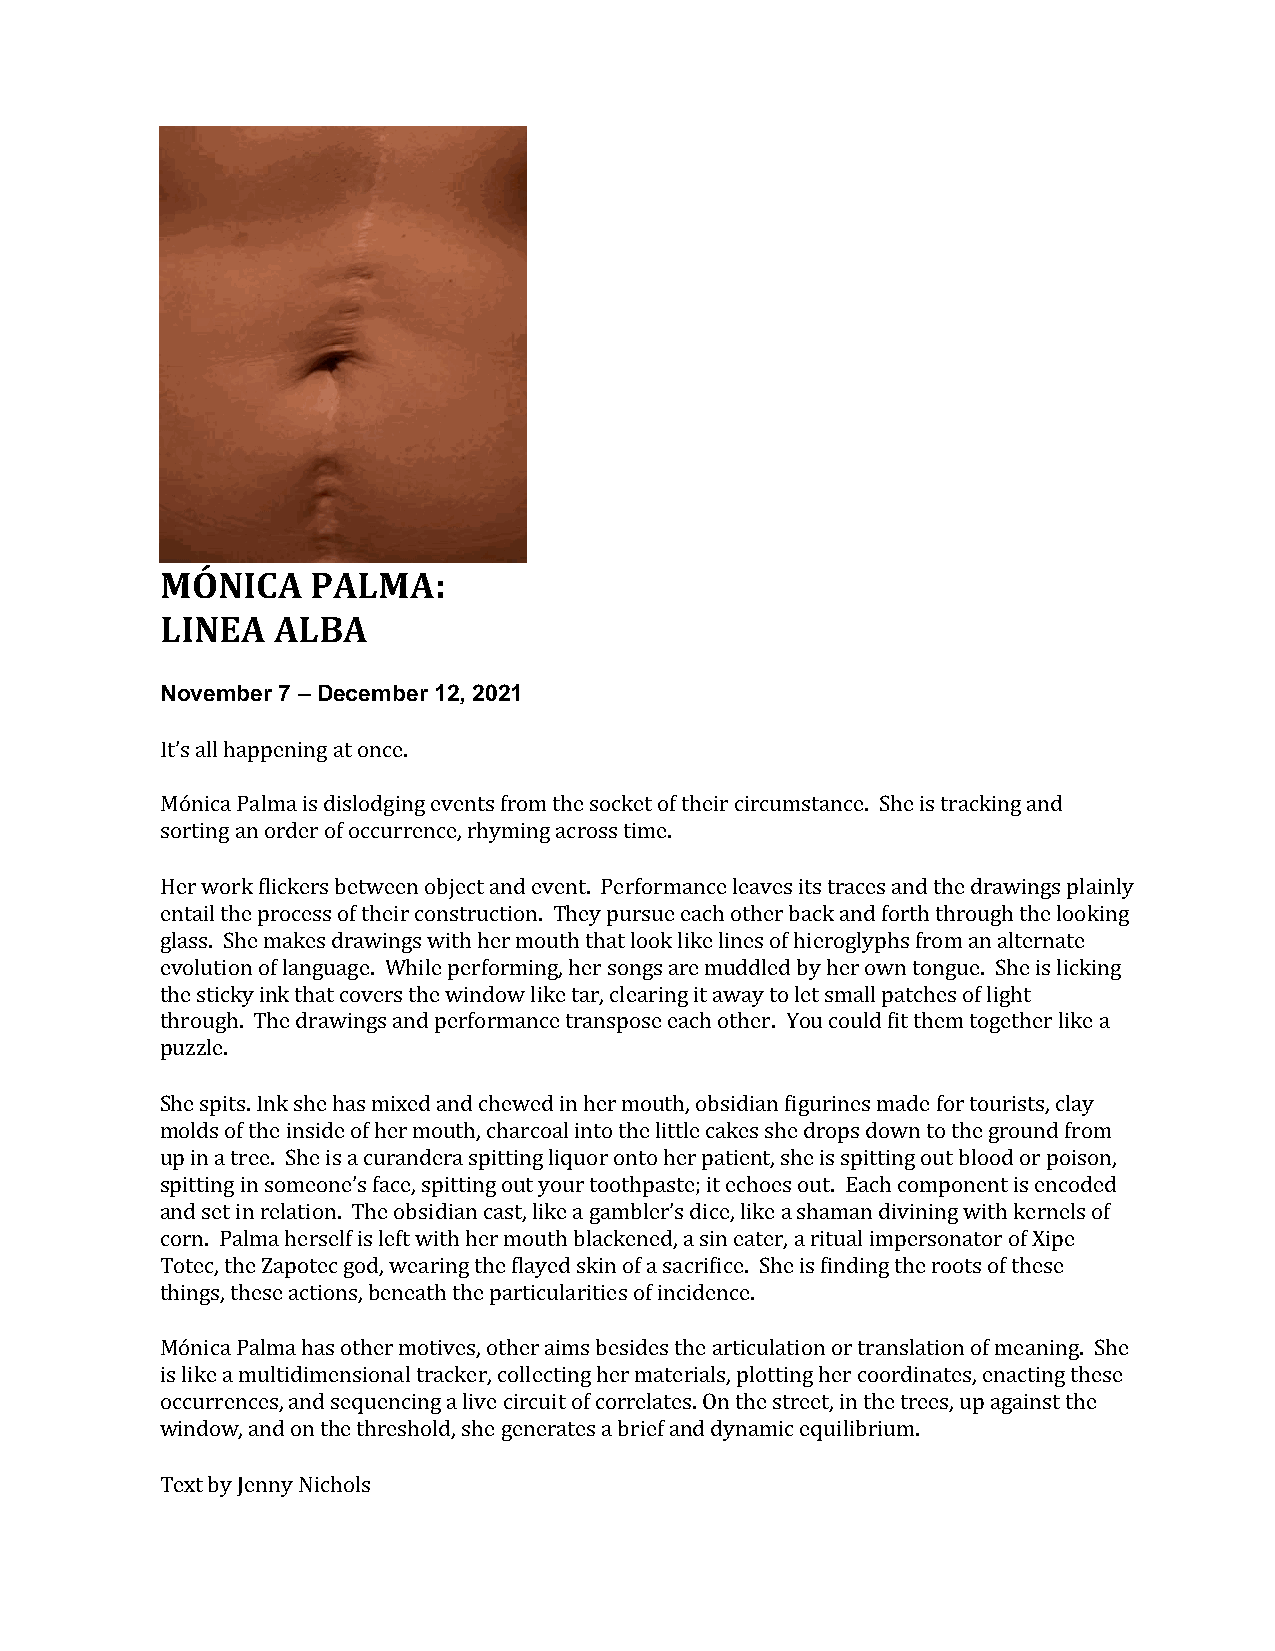
MÓNICA    PALMA:
 LINEA  ALBA
 November 7 – December 12, 2021
 It’s all happening at once.
 Mónica Palma is dislodging events from the socket of their circumstance. She is tracking and
 sorting an order of occurrence, rhyming across time.
 Her work flickers between object and event. Performance leaves its traces and the drawings plainly
 entail the process of their construction. They pursue each other back and forth through the looking
 glass. She makes drawings with her mouth that look like lines of hieroglyphs from an alternate
 evolution of language. While performing, her songs are muddled by her own tongue. She is licking
 the sticky ink that covers the window like tar, clearing it away to let small patches of light
 through. The drawings and performance transpose each other. You could fit them together like a
 puzzle.
 She spits. Ink she has mixed and chewed in her mouth, obsidian figurines made for tourists, clay
 molds of the inside of her mouth, charcoal into the little cakes she drops down to the ground from
 up in a tree. She is a curandera spitting liquor onto her patient, she is spitting out blood or poison,
 spitting in someone’s face, spitting out your toothpaste; it echoes out. Each component is encoded
 and set in relation. The obsidian cast, like a gambler’s dice, like a shaman divining with kernels of
 corn. Palma herself is left with her mouth blackened, a sin eater, a ritual impersonator of Xipe
 Totec, the Zapotec god, wearing the flayed skin of a sacrifice. She is finding the roots of these
 things, these actions, beneath the particularities of incidence.
 Mónica Palma has other motives, other aims besides the articulation or translation of meaning. She
 is like a multidimensional tracker, collecting her materials, plotting her coordinates, enacting these
 occurrences, and sequencing a live circuit of correlates. On the street, in the trees, up against the
 window, and on the threshold, she generates a brief and dynamic equilibrium.
 Text by Jenny Nichols